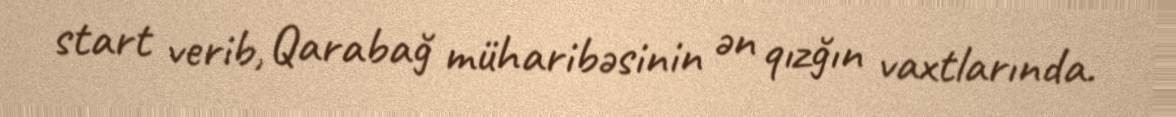
start verib, Qarabağ müharibəsinin ən qızğın vaxtlarında.